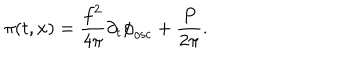
LaTeX: \pi ( t , x ) = \frac { f ^ { 2 } } { 4 { \pi } } { \partial } _ { t } { \phi } _ { \mathrm { { o s c } } } + \frac { P } { 2 { \pi } } .